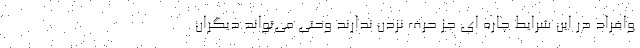
وافراد در این شرایط چاره ای جز حرف نزدن ندارند وحتی می‌تواند دیگران